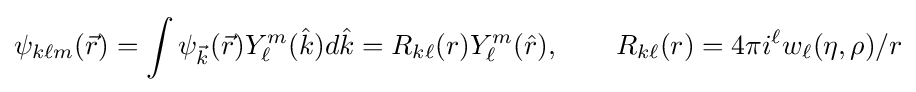
\psi _{k\ell m}({\vec {r}})=\int \psi _{\vec {k}}({\vec {r}})Y_{\ell }^{m}({\hat {k}})d{\hat {k}}=R_{k\ell }(r)Y_{\ell }^{m}({\hat {r}}),\qquad R_{k\ell }(r)=4\pi i^{\ell }w_{\ell }(\eta ,\rho )/r